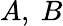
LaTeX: A,\ B